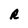
Character: R